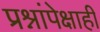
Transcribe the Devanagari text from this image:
प्रश्नांपेक्षाही